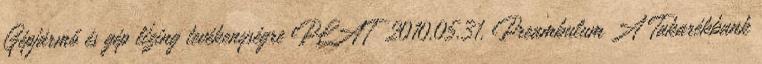
Gépjármő és gép lízing tevékenységre PLAT 2010.05.31. Preambulum A Takarékbank